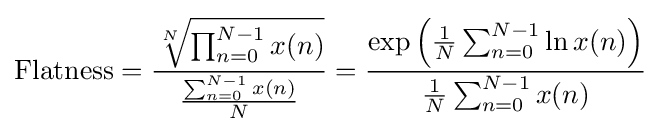
\mathrm {Flatness} ={\frac {\sqrt[{N}]{\prod _{n=0}^{N-1}x(n)}}{\frac {\sum _{n=0}^{N-1}x(n)}{N}}}={\frac {\exp \left({\frac {1}{N}}\sum _{n=0}^{N-1}\ln x(n)\right)}{{\frac {1}{N}}\sum _{n=0}^{N-1}x(n)}}